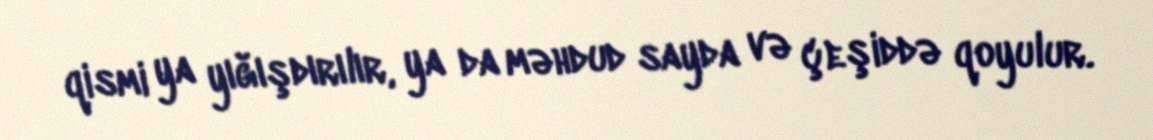
qismi ya yığışdırılır, ya da məhdud sayda və çeşiddə qoyulur.